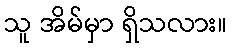
သူ အိမ်မှာ ရှိသလား။